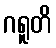
ဂရူတိ